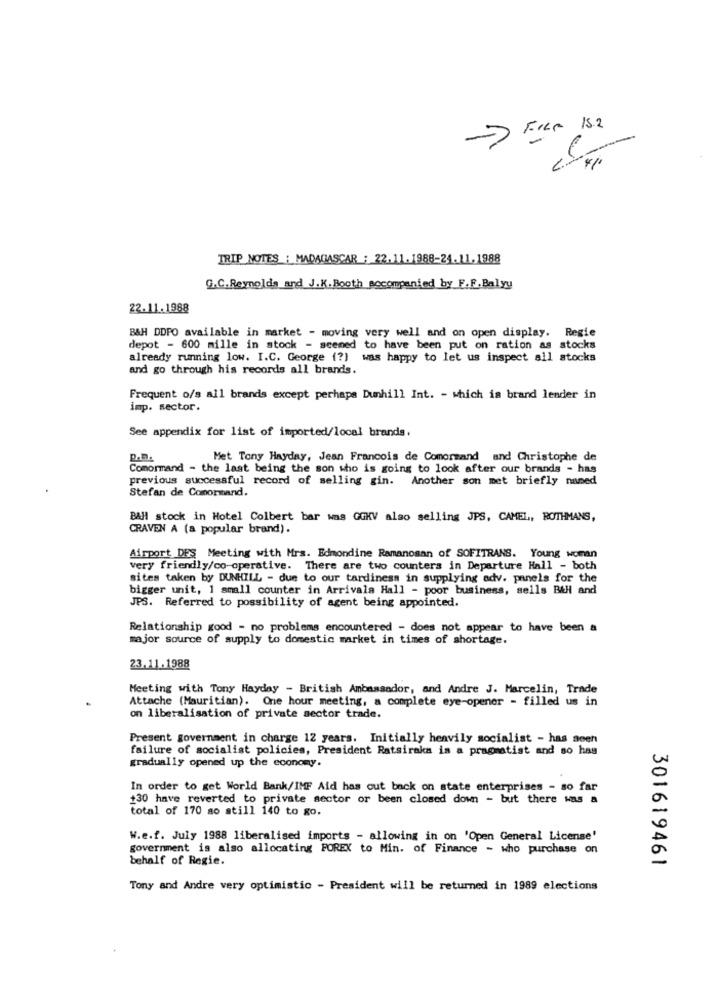
Free 13.2
TRIP NOTES : MADAGASCAR : 22.11.1988-24.11.1988
G.C.Reynolds_and_J.K. Booth accompanied by F.F.Balyy
22.11.1988
B&H DDPO available in market - moving very well and on open display. Regie
depot - 600 mille in stock - seemed to have been put on ration as stocks
already running low. I.C. George (?) was happy to let us inspect all stocks
and go through his records all brands.
Frequent o/s all brands except perhaps Dunhill Int. - which is brand leader in
imp. sector.
See appendix for list of imported/local brands.
Met Tony Hayday, Jean Francois de Comormand and Christophe de
Comormand - the last being the son who is going to look after our brands - has
previous successful record of selling gin. Another son met briefly named
Stefan de Comormand.
BAH stock in Hotel Colbert bar was GOKV also selling JPS, CAMEL, ROTHMANS,
CRAVEN A (a popular brand).
Airport DES Meeting with Mrs. Edmondine Ramanoman of SOFITRANS. Young woman
very friendly/co-operative. There are two counters in Departure Hall - both
sites taken by DUNHILL - due to our tardiness in supplying adv. panels for the
bigger unit, 1 small counter in Arrivala Hall - poor business, sells BAH and
JPS. Referred to possibility of agent being appointed.
Relationship good - no problems encountered - does not appear to have been a
major source of supply to domestic market in times of shortage.
23.11.1988
Meeting with Tony Hayday - British Ambassador, and Andre J. Marcelin, Trade
Attache (Mauritian). One hour meeting, a complete eye-opener - filled us in
on liberalisation of private sector trade.
Present government in charge 12 years. Initially heavily socialist - has seen
failure of socialist policies, President Ratsiraka is a pragmatist and so has
gradually opened up the economy.
In order to get World Bank/IMF Aid has cut back on state enterprises - so far
130 have reverted to private sector or been closed down - but there was a
total of 170 ao still 140 to go.
W.e.f. July 1988 liberalised imports - allowing in on 'Open General License'
government is also allocating FOREX to Min. of Finance - who purchase on
behalf of Regie.
301619461
Tony and Andre very optimistic - President will be returned in 1989 elections